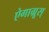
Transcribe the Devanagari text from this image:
ऐगाग्रूस्